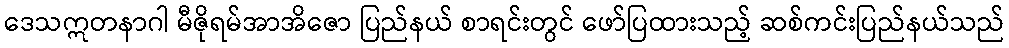
ဒေသဣတနာဂါ မီဇိုရမ်အာအိဇော ပြည်နယ် စာရင်းတွင် ဖော်ပြထားသည့် ဆစ်ကင်းပြည်နယ်သည်